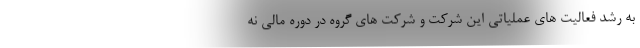
به رشد فعاليت هاي عملياتي این شركت و شركت هاي گروه در دوره مالي نه